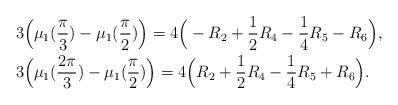
LaTeX: \begin{align*}&3\Big(\mu_{1}(\frac{\pi}{3})-\mu_{1}(\frac{\pi}{2})\Big)=4\Big(-R_{2}+\frac{1}{2}R_{4}-\frac{1}{4}R_{5}-R_{6}\Big),\\&3\Big(\mu_{1}(\frac{2\pi}{3})-\mu_{1}(\frac{\pi}{2})\Big)=4\Big(R_{2}+\frac{1}{2}R_{4}-\frac{1}{4}R_{5}+R_{6}\Big).\end{align*}